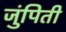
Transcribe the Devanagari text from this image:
जुंपिती